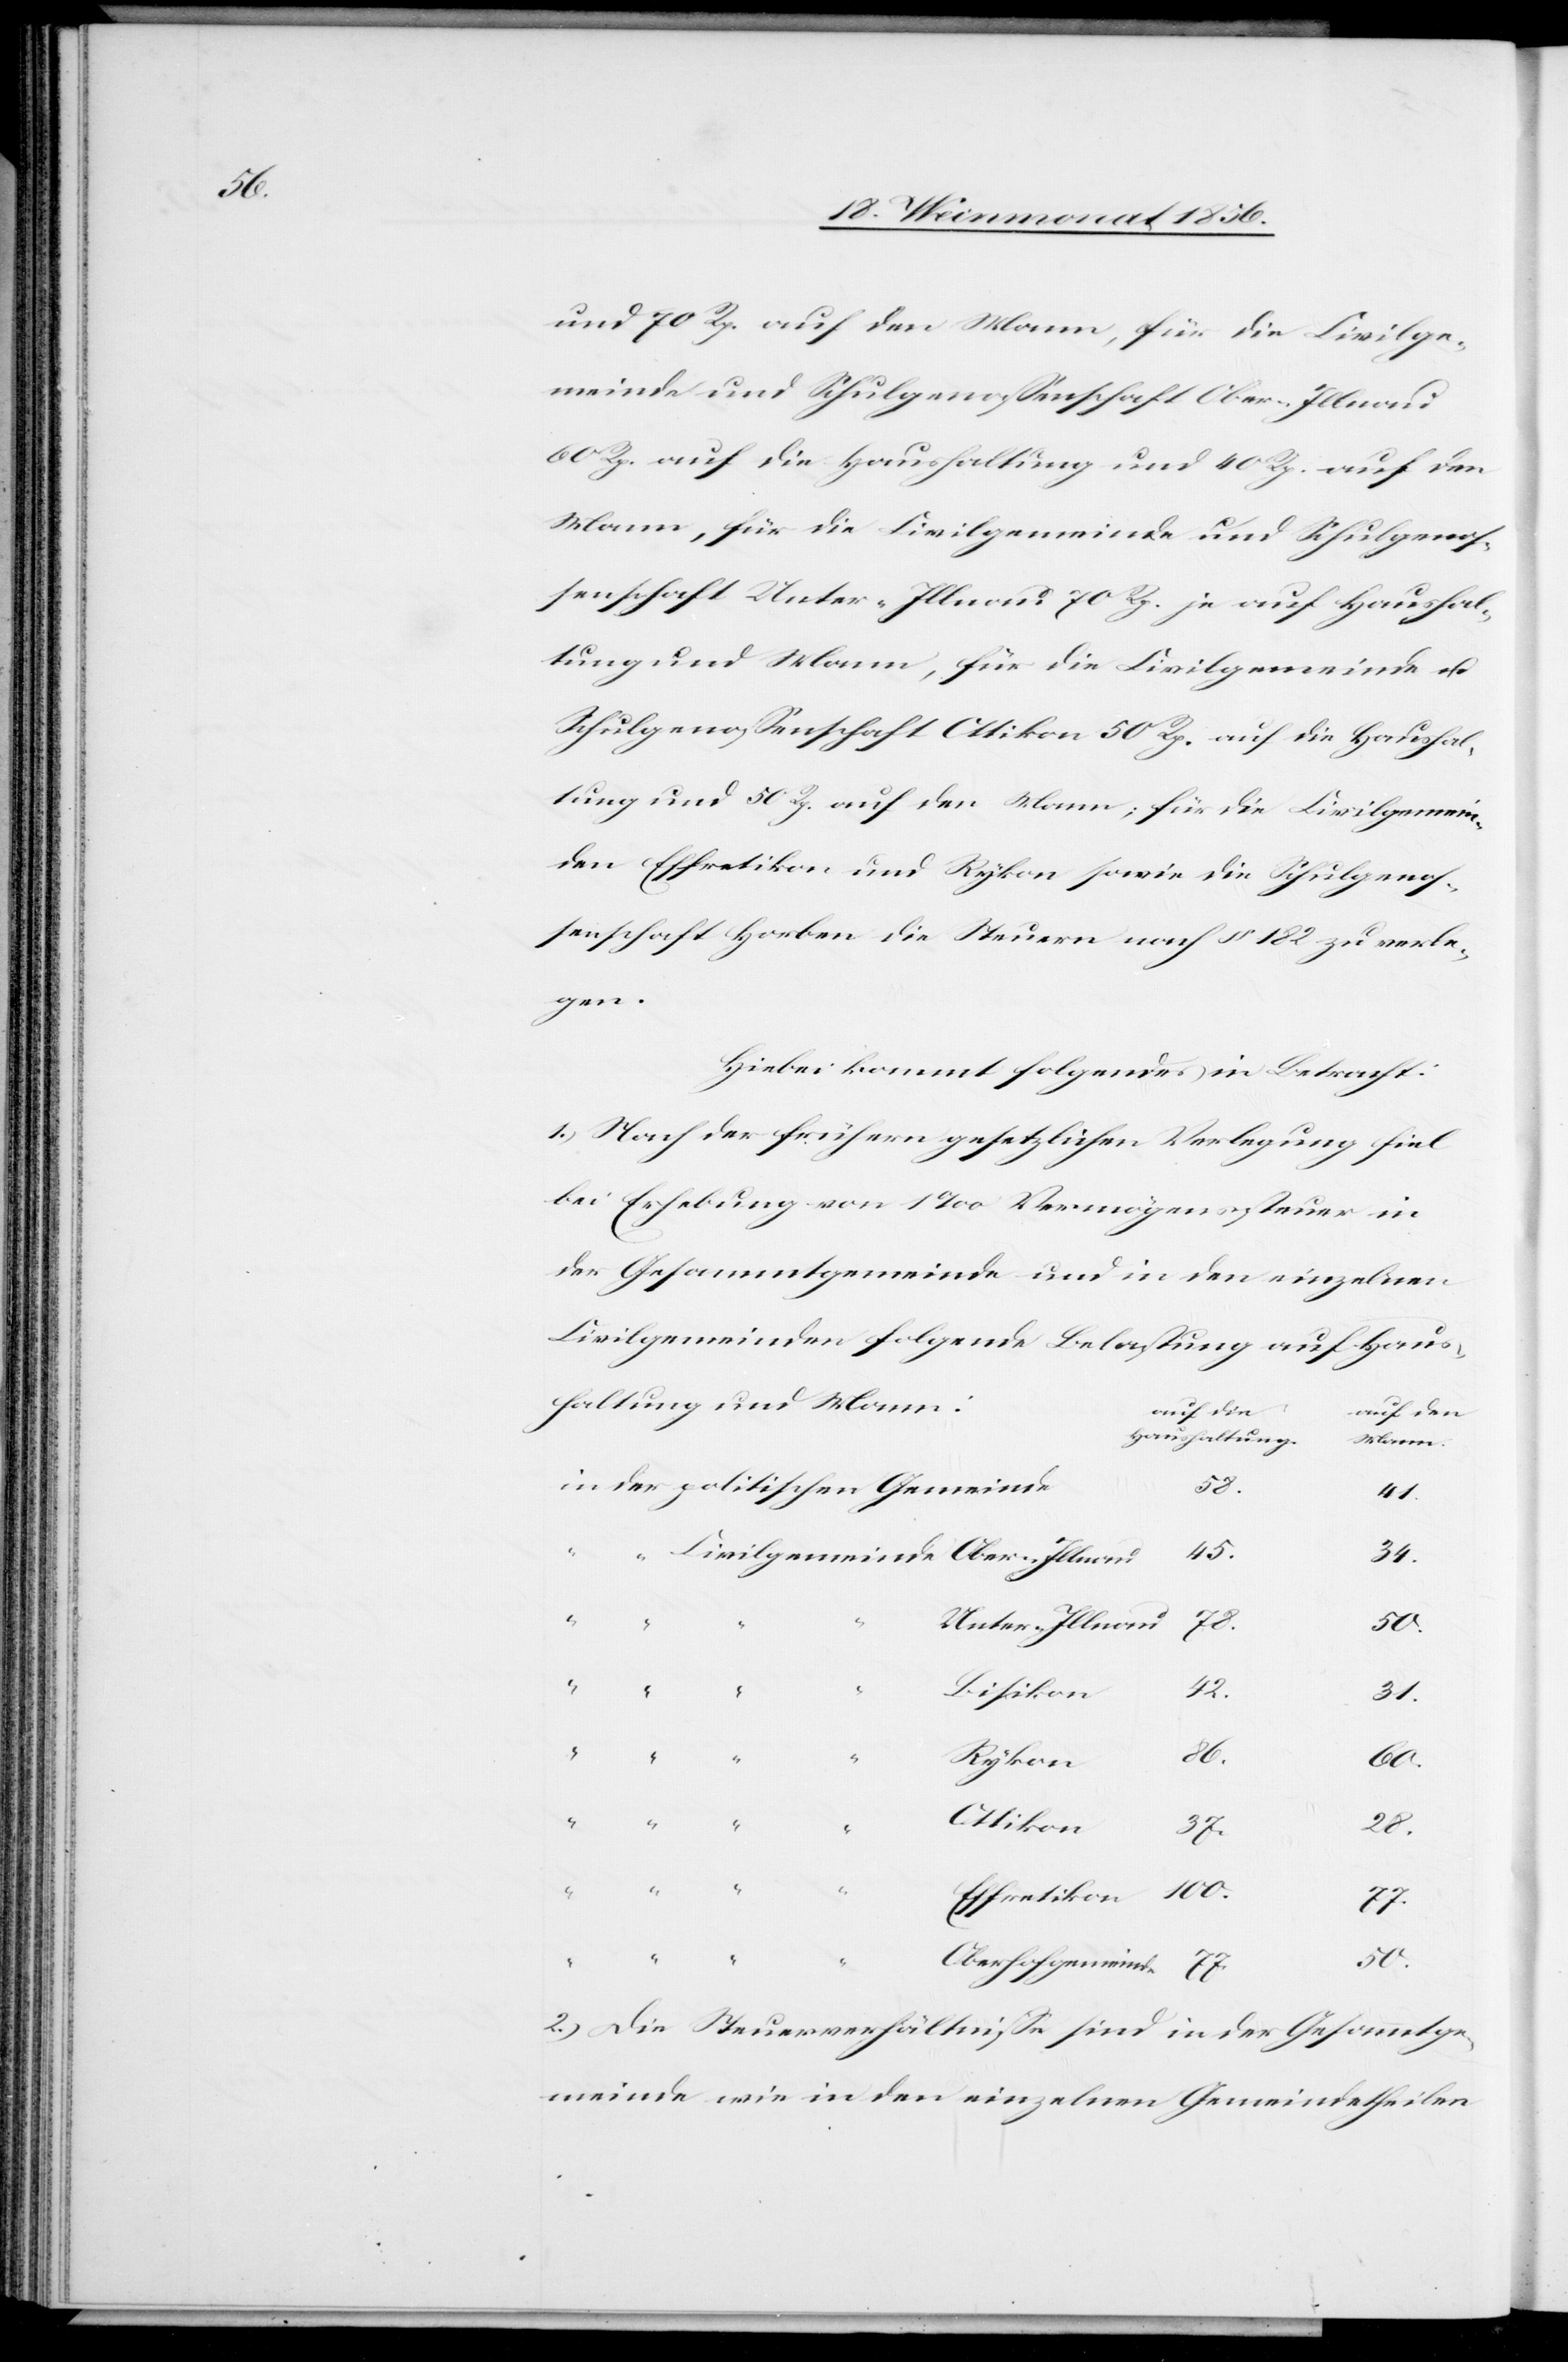
und 70 Rp. auf den Mann, für die Civilge¬
meinde und Schulgenossenschaft Ober-Illnau
60 Rp. auf die Haushaltung und 40 Rp. auf den
Mann, für die Civilgemeinde und Schulgenos¬
senschaft Unter-Illnau 70 Rp. je auf Haushal¬
tung und Mann, für die Civilgemeinde u.
Schulgenossenschaft Ottikon 50 Rp. auf die Haushal¬
tung und 50 Rp. auf den Mann; für die Civilgemein¬
den Effretikon und Rykon sowie die Schulgenos¬
senschaft Horben die Steuern nach § 182 zu verle¬
gen.
Hiebei kommt folgendes in Betracht:
1.) Nach der frühern gesetzlichen Verlegung fiel
bei Erhebung von 1‰ Vermögenssteuer in
der Gesammtgemeinde und in den einzelnen
Civilgemeinden folgende Belastung auf Haus¬
haltung und Mann:
auf die
in
auf den
Haushaltung.
41.
45.
34.
“
Unter-Illnau
50.
42.
Bisikon
28.
Rykon
100.
Ottikon
77.
77.
50.
Oberhofgemeinde
2.) Die Steuerverhältnisse sind in der Gesammtge¬
meinde wie in den einzelnen Gemeindetheilen